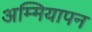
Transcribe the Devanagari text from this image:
अम्मियापन